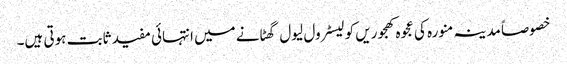
خصوصاً مدینہ منورہ کی عجوہ کھجوریں کولیسٹرول لیول گھٹانے میں انتہائی مفید ثابت ہوتی ہیں۔